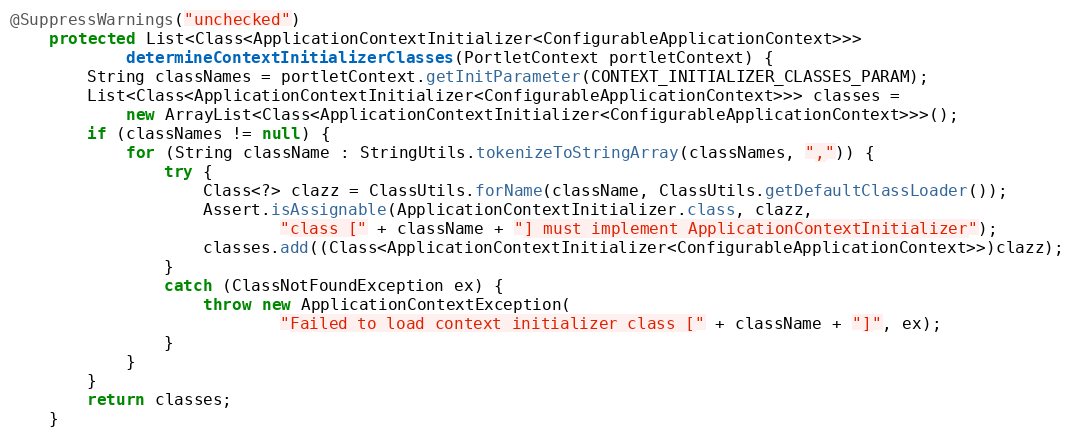
Language: Java
@SuppressWarnings("unchecked")
    protected List<Class<ApplicationContextInitializer<ConfigurableApplicationContext>>>
            determineContextInitializerClasses(PortletContext portletContext) {
        String classNames = portletContext.getInitParameter(CONTEXT_INITIALIZER_CLASSES_PARAM);
        List<Class<ApplicationContextInitializer<ConfigurableApplicationContext>>> classes =
            new ArrayList<Class<ApplicationContextInitializer<ConfigurableApplicationContext>>>();
        if (classNames != null) {
            for (String className : StringUtils.tokenizeToStringArray(classNames, ",")) {
                try {
                    Class<?> clazz = ClassUtils.forName(className, ClassUtils.getDefaultClassLoader());
                    Assert.isAssignable(ApplicationContextInitializer.class, clazz,
                            "class [" + className + "] must implement ApplicationContextInitializer");
                    classes.add((Class<ApplicationContextInitializer<ConfigurableApplicationContext>>)clazz);
                }
                catch (ClassNotFoundException ex) {
                    throw new ApplicationContextException(
                            "Failed to load context initializer class [" + className + "]", ex);
                }
            }
        }
        return classes;
    }